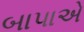
બાપાએ